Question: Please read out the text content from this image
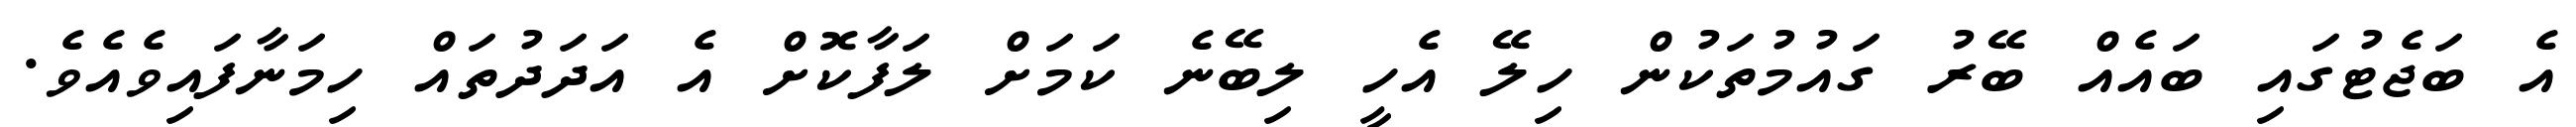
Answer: އެ ބަޖެޓުގައި ބައެއް ބޭރު ގައުމުތަކުން ހިލޭ އެހީ ލިބޭނެ ކަމަށް ލަފާކޮށް އެ އަދަދުތައް ހިމަނާފައިވެއެވެ.